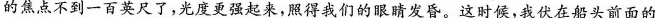
的焦点不到一百英尺了，光度更强起来，照得我们的眼睛发昏。这时候，我伏在船头前面的